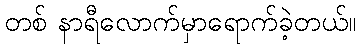
တစ် နာရီလောက်မှာရောက်ခဲ့တယ်။